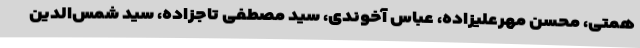
همتی، محسن مهرعلیزاده، عباس آخوندی، سید مصطفی تاجزاده، سید شمس‌الدین